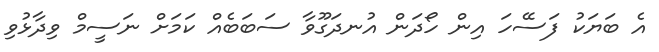
އެ ބަޔަކު ފަސޭހަ އިން ހޯދަން އުނދަގޫވާ ސަބަބެއް ކަމަށް ނަސީމް ވިދާޅުވި